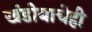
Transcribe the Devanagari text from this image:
खंडोबाचेही